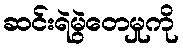
ဆင်းရဲမွဲတေမှုကို